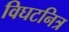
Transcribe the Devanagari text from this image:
विघटनित्र